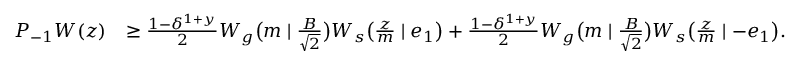
\begin{array} { r l } { P _ { - 1 } W ( z ) } & { \geq \frac { 1 - \delta ^ { 1 + y } } { 2 } W _ { g } \big ( m \mid \frac { B } { \sqrt { 2 } } \big ) W _ { s } \big ( \frac { z } { m } \mid e _ { 1 } \big ) + \frac { 1 - \delta ^ { 1 + y } } { 2 } W _ { g } \big ( m \mid \frac { B } { \sqrt { 2 } } \big ) W _ { s } \big ( \frac { z } { m } \mid - e _ { 1 } \big ) . } \end{array}